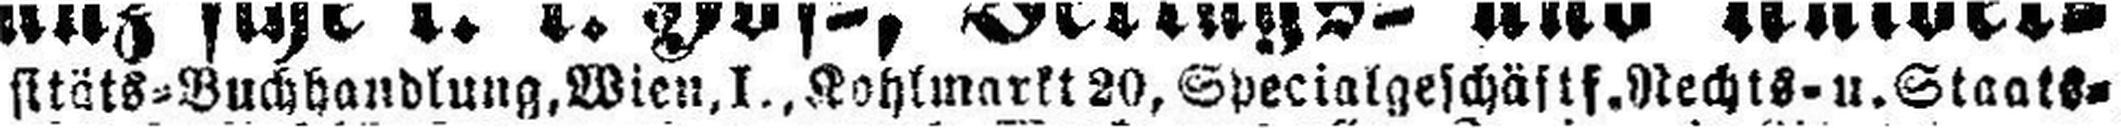
sitäts=Buchhandlung, Wien, I., Kohlmarkt 20, Specialgeschäft f. Rechts- u. Staats¬